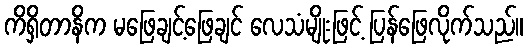
ကိရှိတာနိက မဖြေချင့်ဖြေချင် လေသံမျိုးဖြင့် ပြန်ဖြေလိုက်သည်။